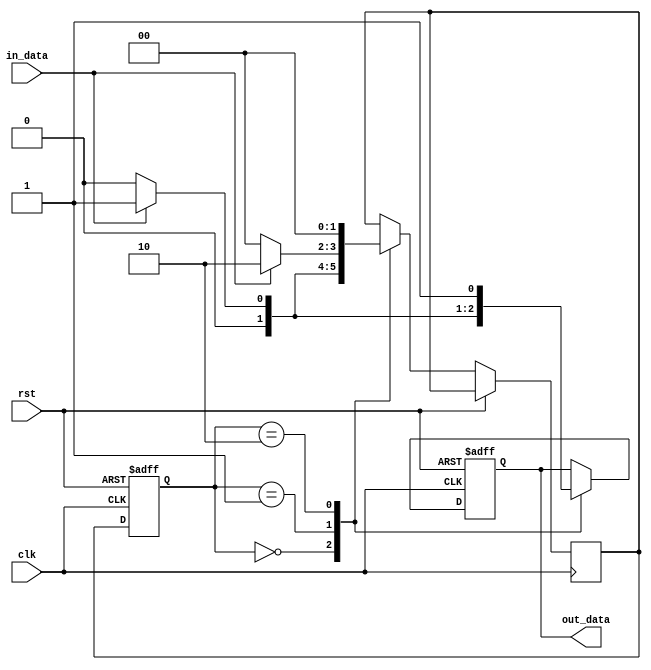
module Mealy_State_Machine(
  input clk,
  input rst,
  input in_data,
  output reg out_data
);

parameter S0 = 2'b00;
parameter S1 = 2'b01;
parameter S2 = 2'b10;

reg [1:0] state, next_state;
wire wait_state;

always @(posedge clk or posedge rst) begin
  if (rst) begin
    state <= S0;
    out_data <= 1'b0;
  end else begin
    state <= next_state;
    case(state)
      S0: begin
        if (in_data) begin
          next_state = S1;
          out_data = 1'b0;
          wait_state = 1'b1;
        end else begin
          next_state = S0;
          out_data = 1'b0;
          wait_state = 1'b0;
        end
      end
      S1: begin
        if (in_data) begin
          next_state = S2;
          out_data = 1'b1;
          wait_state = 1'b1;
        end else begin
          next_state = S0;
          out_data = 1'b0;
          wait_state = 1'b0;
        end
      end
      S2: begin
        next_state = S0;
        out_data = 1'b1;
        wait_state = 1'b0;
      end
    endcase
  end
end

endmodule